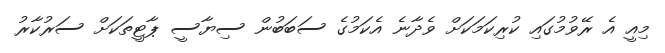
މިއީ އެ ރޭވުމުގައި ކުރިކަމަކަށް ވެދާނެ އެކަމުގެ ސަބަބުން ސިޔާސީ ޕާޓީތަކަށް ސަރުކާރު